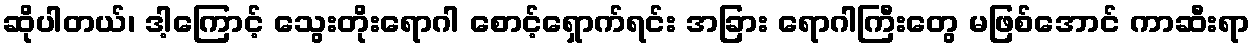
ဆိုပါတယ်၊ ဒါ့ကြောင့် သွေးတိုးရောဂါ စောင့်ရှောက်ရင်း အခြား ရောဂါကြီးတွေ မဖြစ်အောင် ကာဆီးရာ